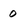
Character: 0